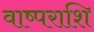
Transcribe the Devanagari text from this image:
वाष्पराशि